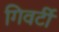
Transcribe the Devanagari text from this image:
गिवर्टी